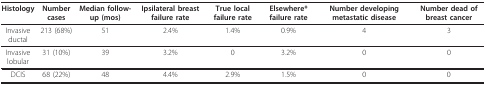
<table><thead><tr><td><b>Histology</b></td><td><b>Number cases</b></td><td><b>Median follow-up (mos)</b></td><td><b>Ipsilateral breast failure rate</b></td><td><b>True local failure rate</b></td><td><b>Elsewhere* failure rate</b></td><td><b>Number developing metastatic disease</b></td><td><b>Number dead of breast cancer</b></td></tr></thead><tbody><tr><td>Invasive ductal</td><td>213 (68%)</td><td>51</td><td>2.4%</td><td>1.4%</td><td>0.9%</td><td>4</td><td>3</td></tr><tr><td>Invasive lobular</td><td>31 (10%)</td><td>39</td><td>3.2%</td><td>0</td><td>3.2%</td><td>0</td><td>0</td></tr><tr><td>DCIS</td><td>68 (22%)</td><td>48</td><td>4.4%</td><td>2.9%</td><td>1.5%</td><td>0</td><td>0</td></tr></tbody></table>